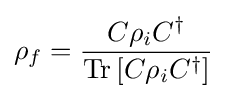
\rho _{f}={\frac {C\rho _{i}C^{\dagger }}{{\text{Tr}}\left[C\rho _{i}C^{\dagger }\right]}}